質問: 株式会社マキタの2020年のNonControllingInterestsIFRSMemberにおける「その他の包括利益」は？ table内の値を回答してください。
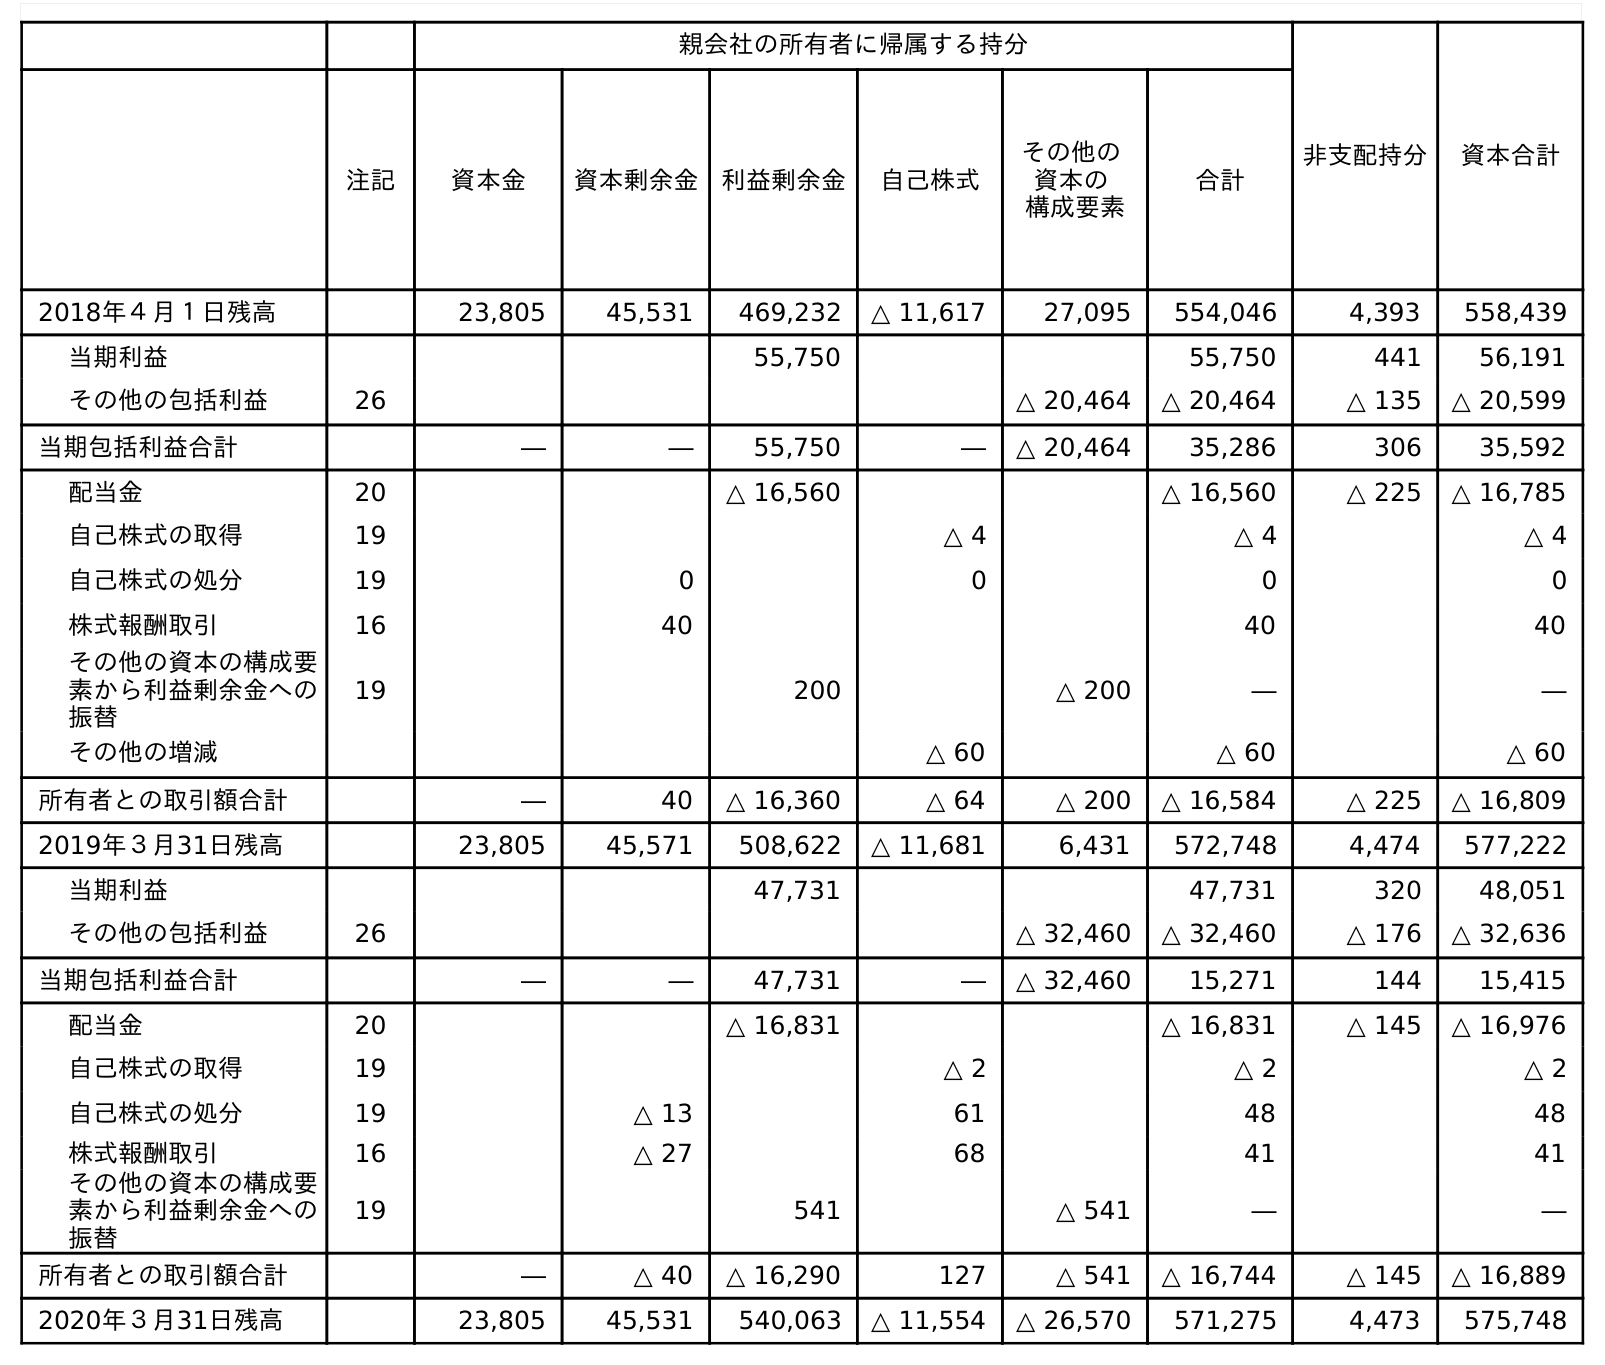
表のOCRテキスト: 親会社の所有者に帰属する持分 非支配持分 資本合計 注記 資本金 資本剰余金 利益剰余金 自己株式 その他の 資本の 構成要素 合計 2018年４月１日残高 23,805 45,531 469,232 △ 11,617 27,095 554,046 4,393 558,439 当期利益 55,750 55,750 441 56,191 その他の包括利益 26 △ 20,464 △ 20,464 △ 135 △ 20,599 当期包括利益合計 ― ― 55,750 ― △ 20,464 35,286 306 35,592 配当金 20 △ 16,560 △ 16,560 △ 225 △ 16,785 自己株式の取得 19 △ 4 △ 4 △ 4 自己株式の処分 19 0 0 0 0 株式報酬取引 16 40 40 40 その他の資本の構成要 素から利益剰余金への 振替 19 200 △ 200 ― ― その他の増減 △ 60 △ 60 △ 60 所有者との取引額合計 ― 40 △ 16,360 △ 64 △ 200 △ 16,584 △ 225 △ 16,809 2019年３月31日残高 23,805 45,571 508,622 △ 11,681 6,431 572,748 4,474 577,222 当期利益 47,731 47,731 320 48,051 その他の包括利益 26 △ 32,460 △ 32,460 △ 176 △ 32,636 当期包括利益合計 ― ― 47,731 ― △ 32,460 15,271 144 15,415 配当金 20 △ 16,831 △ 16,831 △ 145 △ 16,976 自己株式の取得 19 △ 2 △ 2 △ 2 自己株式の処分 19 △ 13 61 48 48 株式報酬取引 16 △ 27 68 41 41 その他の資本の構成要 素から利益剰余金への 振替 19 541 △ 541 ― ― 所有者との取引額合計 ― △ 40 △ 16,290 127 △ 541 △ 16,744 △ 145 △ 16,889 2020年３月31日残高 23,805 45,531 540,063 △ 11,554 △ 26,570 571,275 4,473 575,748
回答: △176